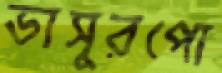
ভাসুরপো